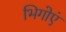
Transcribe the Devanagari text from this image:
भिगोएं